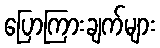
ပြောကြားချက်များ